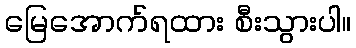
မြေအောက်ရထား စီးသွားပါ။